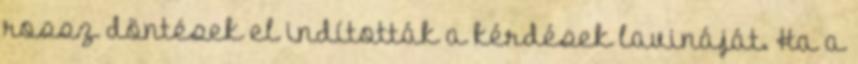
rossz döntések el indították a kérdések lavináját. Ha a